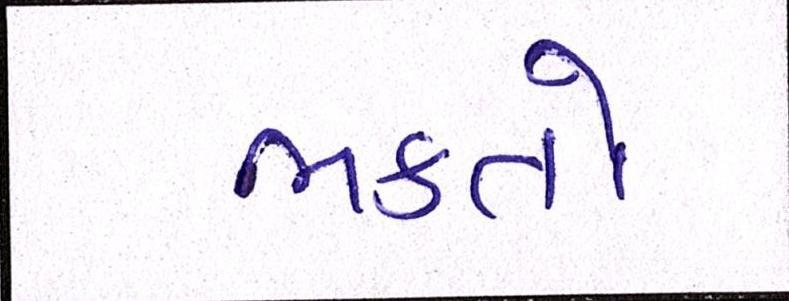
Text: ભક્તો